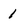
Character: 1